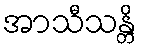
အာသီသန္တိ